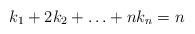
LaTeX: \begin{align*}k_1+2k_2+\ldots +nk_n=n\end{align*}